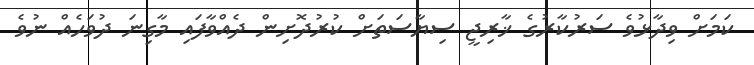
ކަމަށް ވިދާޅުވެ ސަރުކާރުގެ ޚާރިޖީ ސިޔާސަތަށް ކުރުދޮށިން ދެއްވާފައި މާގިނަ ދުވަހެއް ނުވެ